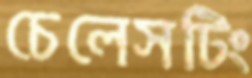
চেলেসটিং